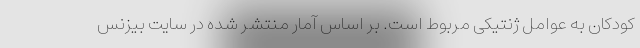
کودکان به عوامل ژنتیکی مربوط است. بر اساس آمار منتشر شده در سایت بیزنس